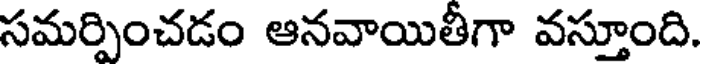
సమర్పించడం ఆనవాయితీగా వస్తూంది.